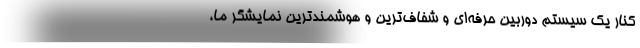
کنار یک سیستم دوربین حرفه‌ای و شفاف‌ترین و هوشمندترین نمایشگر ما،